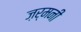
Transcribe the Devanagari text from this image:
ज़र्मनी